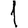
Digit: 1